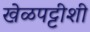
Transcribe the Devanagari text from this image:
खेळपट्टीशी